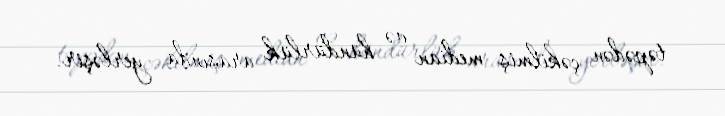
təpədən çəkilmiş median və hündürlük arasında yerləşir.